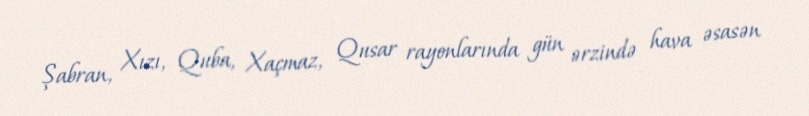
Şabran, Xızı, Quba, Xaçmaz, Qusar rayonlarında gün ərzində hava əsasən